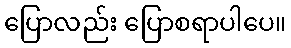
ပြောလည်း ပြောစရာပါပေ။